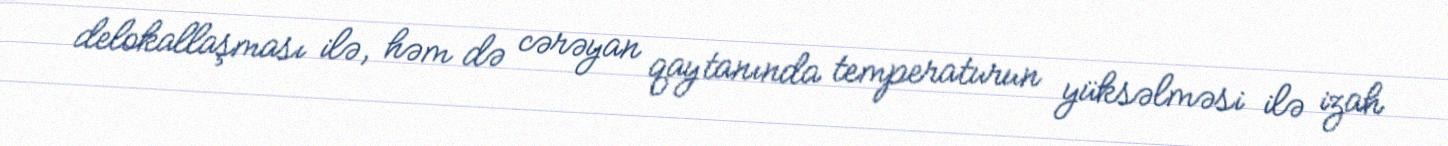
delokallaşması ilə, həm də cərəyan qaytanında temperaturun yüksəlməsi ilə izah